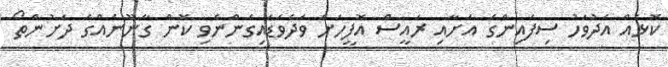
ކޮޅެއް އެދުވަހު ސިފައިންގެ އަށާއި ރައީސް އޮފީހަށް ވަދެވަޑައިގެންނެވި ކޮން ގާނޫނެއްގެ ދަށުންތޯ